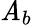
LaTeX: \mathit{A}_{b}